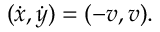
( \dot { x } , \dot { y } ) = ( - v , v ) .